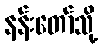
နန်းတော်သို့